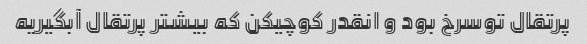
پرتقال توسرخ بود و انقدر کوچیکن که بیشتر پرتقال آبگیریه